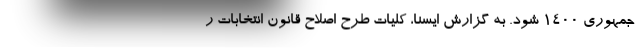
جمهوری ۱۴۰۰ شود. به گزارش ایسنا، کلیات طرح اصلاح قانون انتخابات ر